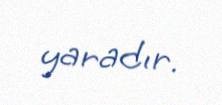
yaradır.